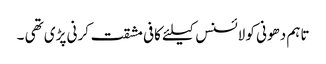
تاہم دھونی کو لائسنس کیلئے کافی مشقت کرنی پڑی تھی ۔